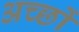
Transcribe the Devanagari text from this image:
अच्छों